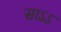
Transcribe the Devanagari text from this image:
साऽऽ